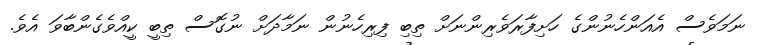
ނަމަވެސް އެއަންހެނުންގެ ހަށިފާރަވެރިންނަށް ތިބި ފިރިހެނުން ނަމާދަށް ނުގޮސް ތިބީ ކީއްވެގެންބާވަ އެވެ.